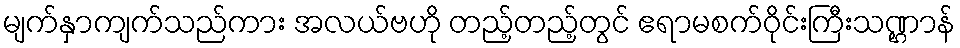
မျက်နှာကျက်သည်ကား အလယ်ဗဟို တည့်တည့်တွင် ဧရာမစက်ဝိုင်းကြီးသဏ္ဌာန်